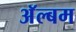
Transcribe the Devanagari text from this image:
अॅल्बम